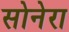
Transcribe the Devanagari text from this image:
सोनेरा